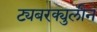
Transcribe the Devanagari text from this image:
ट्यबरक्युलीन